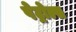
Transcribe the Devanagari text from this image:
पेट्रोल्स